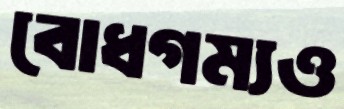
বোধগম্যও